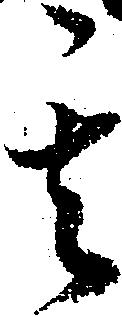
其